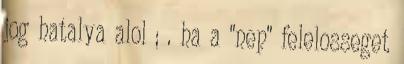
jog hatalya alol ; . ha a "nep" felelosseget